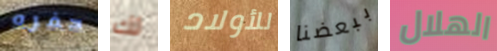
حفره لك للأولاد ببعضنا الهلال